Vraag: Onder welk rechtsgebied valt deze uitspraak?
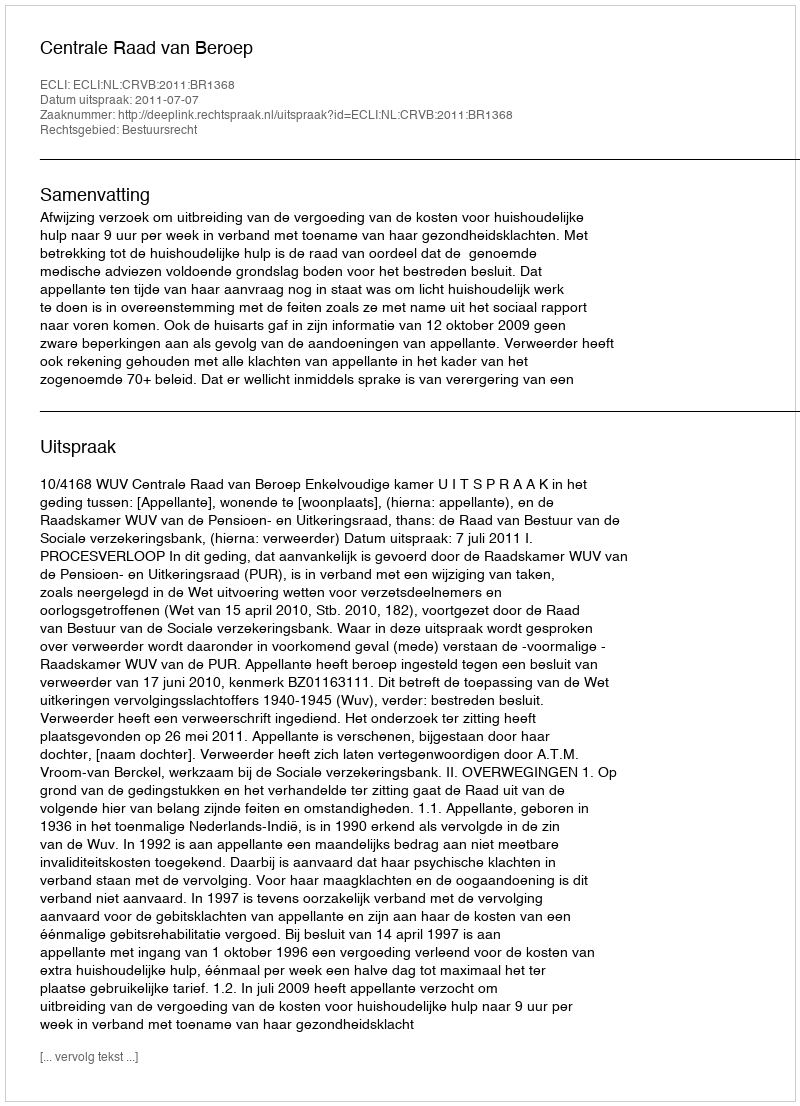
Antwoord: Bestuursrecht